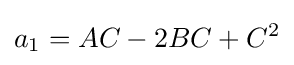
a_{1}=AC-2BC+C^{2}